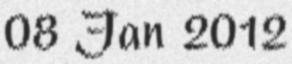
08 Jan 2012